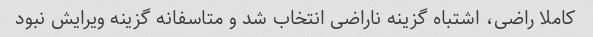
کاملا راضی، اشتباه گزینه ناراضی انتخاب شد و متاسفانه گزینه ویرایش نبود